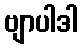
ဗျာပါဒါ